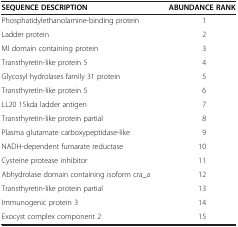
| SEQUENCE DESCRIPTION | ABUNDANCE RANK |
 | --- | --- |
 | Phosphatidylethanolamine-binding protein | 1 |
 | Ladder protein | 2 |
 | Ml domain containing protein | 3 |
 | Transthyretin-like protein 5 | 4 |
 | Glycosyl hydrolases family 31 protein | 5 |
 | Transthyretin-like protein 5 | 6 |
 | LL20 15kda ladder antigen | 7 |
 | Transthyretin-like protein partial | 8 |
 | Plasma glutamate carboxypeptidase-like | 9 |
 | NADH-dependent fumarate reductase | 10 |
 | Cysteine protease inhibitor | 11 |
 | Abhydrolase domain containing isoform cra_a | 12 |
 | Transthyretin-like protein partial | 13 |
 | Immunogenic protein 3 | 14 |
 | Exocyst complex component 2 | 15 |